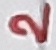
Text: 2